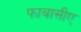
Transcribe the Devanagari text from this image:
फाबासीए